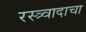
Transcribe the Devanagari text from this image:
रस्त्र्वादाचा